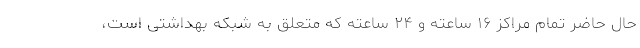
حال حاضر تمام مراکز ۱۶ ساعته و ۲۴ ساعته که متعلق به شبکه بهداشتی است،